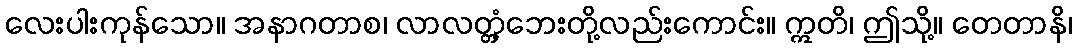
လေးပါးကုန်သော။ အနာဂတာစ၊ လာလတ္တံ့ဘေးတို့လည်းကောင်း။ ဣတိ၊ ဤသို့။ တေတာနိ၊